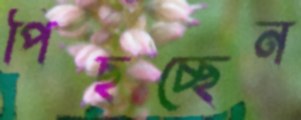
পিছচ্ছেন